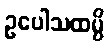
ဥပေါသထမ္ပိ